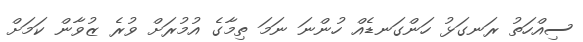
ސިއްހަތު ރަނގަޅު ހަންގަނޑެއް ހުންނަ ނަމަ ތިމާގެ އުމުރަށް ވުރެ ޒުވާން ކަމަށް